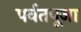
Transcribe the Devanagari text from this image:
पर्वतपूजा